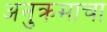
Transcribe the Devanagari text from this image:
अनुक्रमाचा